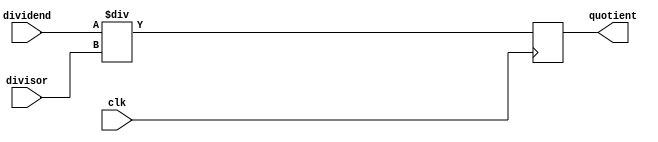
`timescale 1ns / 1ps
//////////////////////////////////////////////////////////////////////////////////
// Company: 
// Engineer: 
// 
// Design Name: 
// Module Name: DIVI_Nfarc
// Project Name: 
// Target Devices: 
// Tool Versions: 
// Description: 
// 
// Dependencies: 
// 
// Revision:
// Revision 0.01 - File Created
// Additional Comments:
// 
//////////////////////////////////////////////////////////////////////////////////


module DIVI_Nfarc(

    input wire clk,
    input wire [30:0] dividend,
    input [6 : 0] divisor,
    output wire [30 : 0] quotient

    );
    
    reg [30:0] quotient_r = 31'd0;
    
    always @ (posedge clk)
    begin 
     quotient_r <= dividend / divisor;
    end 
    
    assign quotient = quotient_r;
    
    
    
endmodule